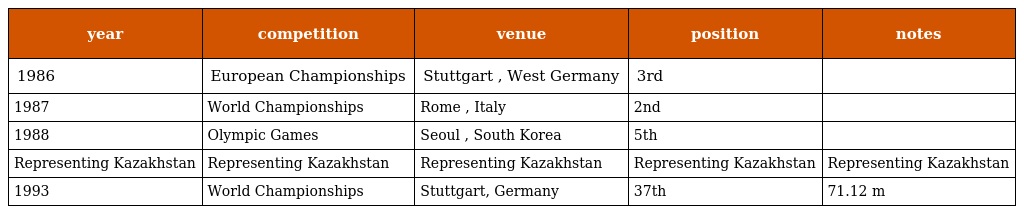
| year | competition | venue | position | notes |
 | --- | --- | --- | --- | --- |
 | 1986 | European Championships | Stuttgart , West Germany | 3rd |  |
 | 1987 | World Championships | Rome , Italy | 2nd |  |
 | 1988 | Olympic Games | Seoul , South Korea | 5th |  |
 | Representing Kazakhstan | Representing Kazakhstan | Representing Kazakhstan | Representing Kazakhstan | Representing Kazakhstan |
 | 1993 | World Championships | Stuttgart, Germany | 37th | 71.12 m |